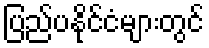
ပြည်ပနိုင်ငံများတွင်